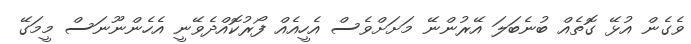
ވެގެން އުޅޭ ގޮތެއް ބުނެބަލަ އޭރުންނޭ މަށަށްވެސް އެހީއެއް ފޯރުކޮއްދެވޭނީ އެހެންނޫނަސް މީމަގޭ